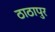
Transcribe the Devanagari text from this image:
ठाठापुर